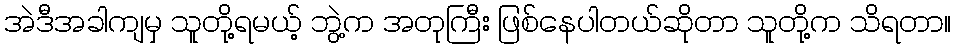
အဲဒီအခါကျမှ သူတို့ရမယ့် ဘွဲ့က အတုကြီး ဖြစ်နေပါတယ်ဆိုတာ သူတို့က သိရတာ။